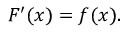
F ^ { \prime } ( x ) = f ( x ) .